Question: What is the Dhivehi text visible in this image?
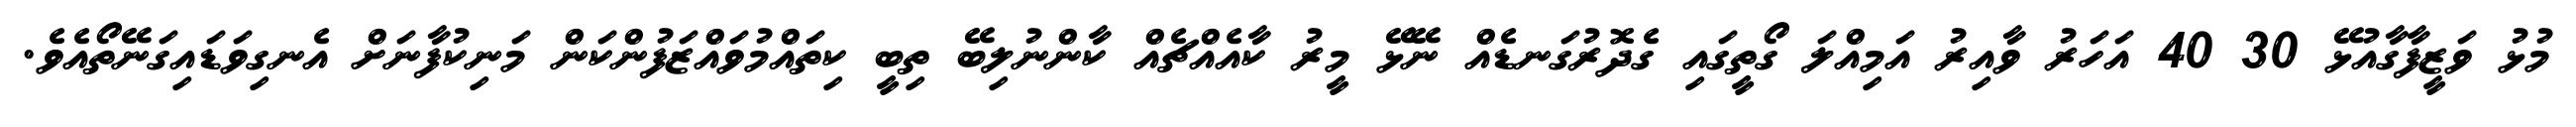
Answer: މުޅު ވަޒީފާގާއުޅޭ 30 40 އަހަރު ވާއިރު އަމިއްލަ ގޯތީގައި ގެދޮރުގަނޑެއް ނޭޅޭ މީރު ކާއެއްޗެއް ކާންނުލިބޭ ތިބީ ކިތައްމުވައްޒަފުންކަން މަނިކުފާނަށް އެނގިވަޑައިގަނޭތޯއެވެ.